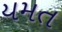
યમત